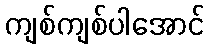
ကျစ်ကျစ်ပါအောင်